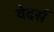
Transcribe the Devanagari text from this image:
वेदर्स